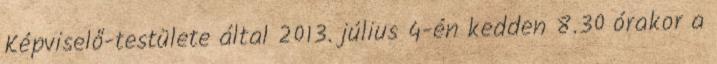
Képviselő-testülete által 2013. július 4-én kedden 8.30 órakor a